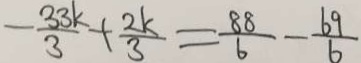
- \frac { 3 3 k } { 3 } + \frac { 2 k } { 3 } = \frac { 8 8 } { 6 } - \frac { 6 9 } { 6 }